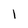
Character: 1